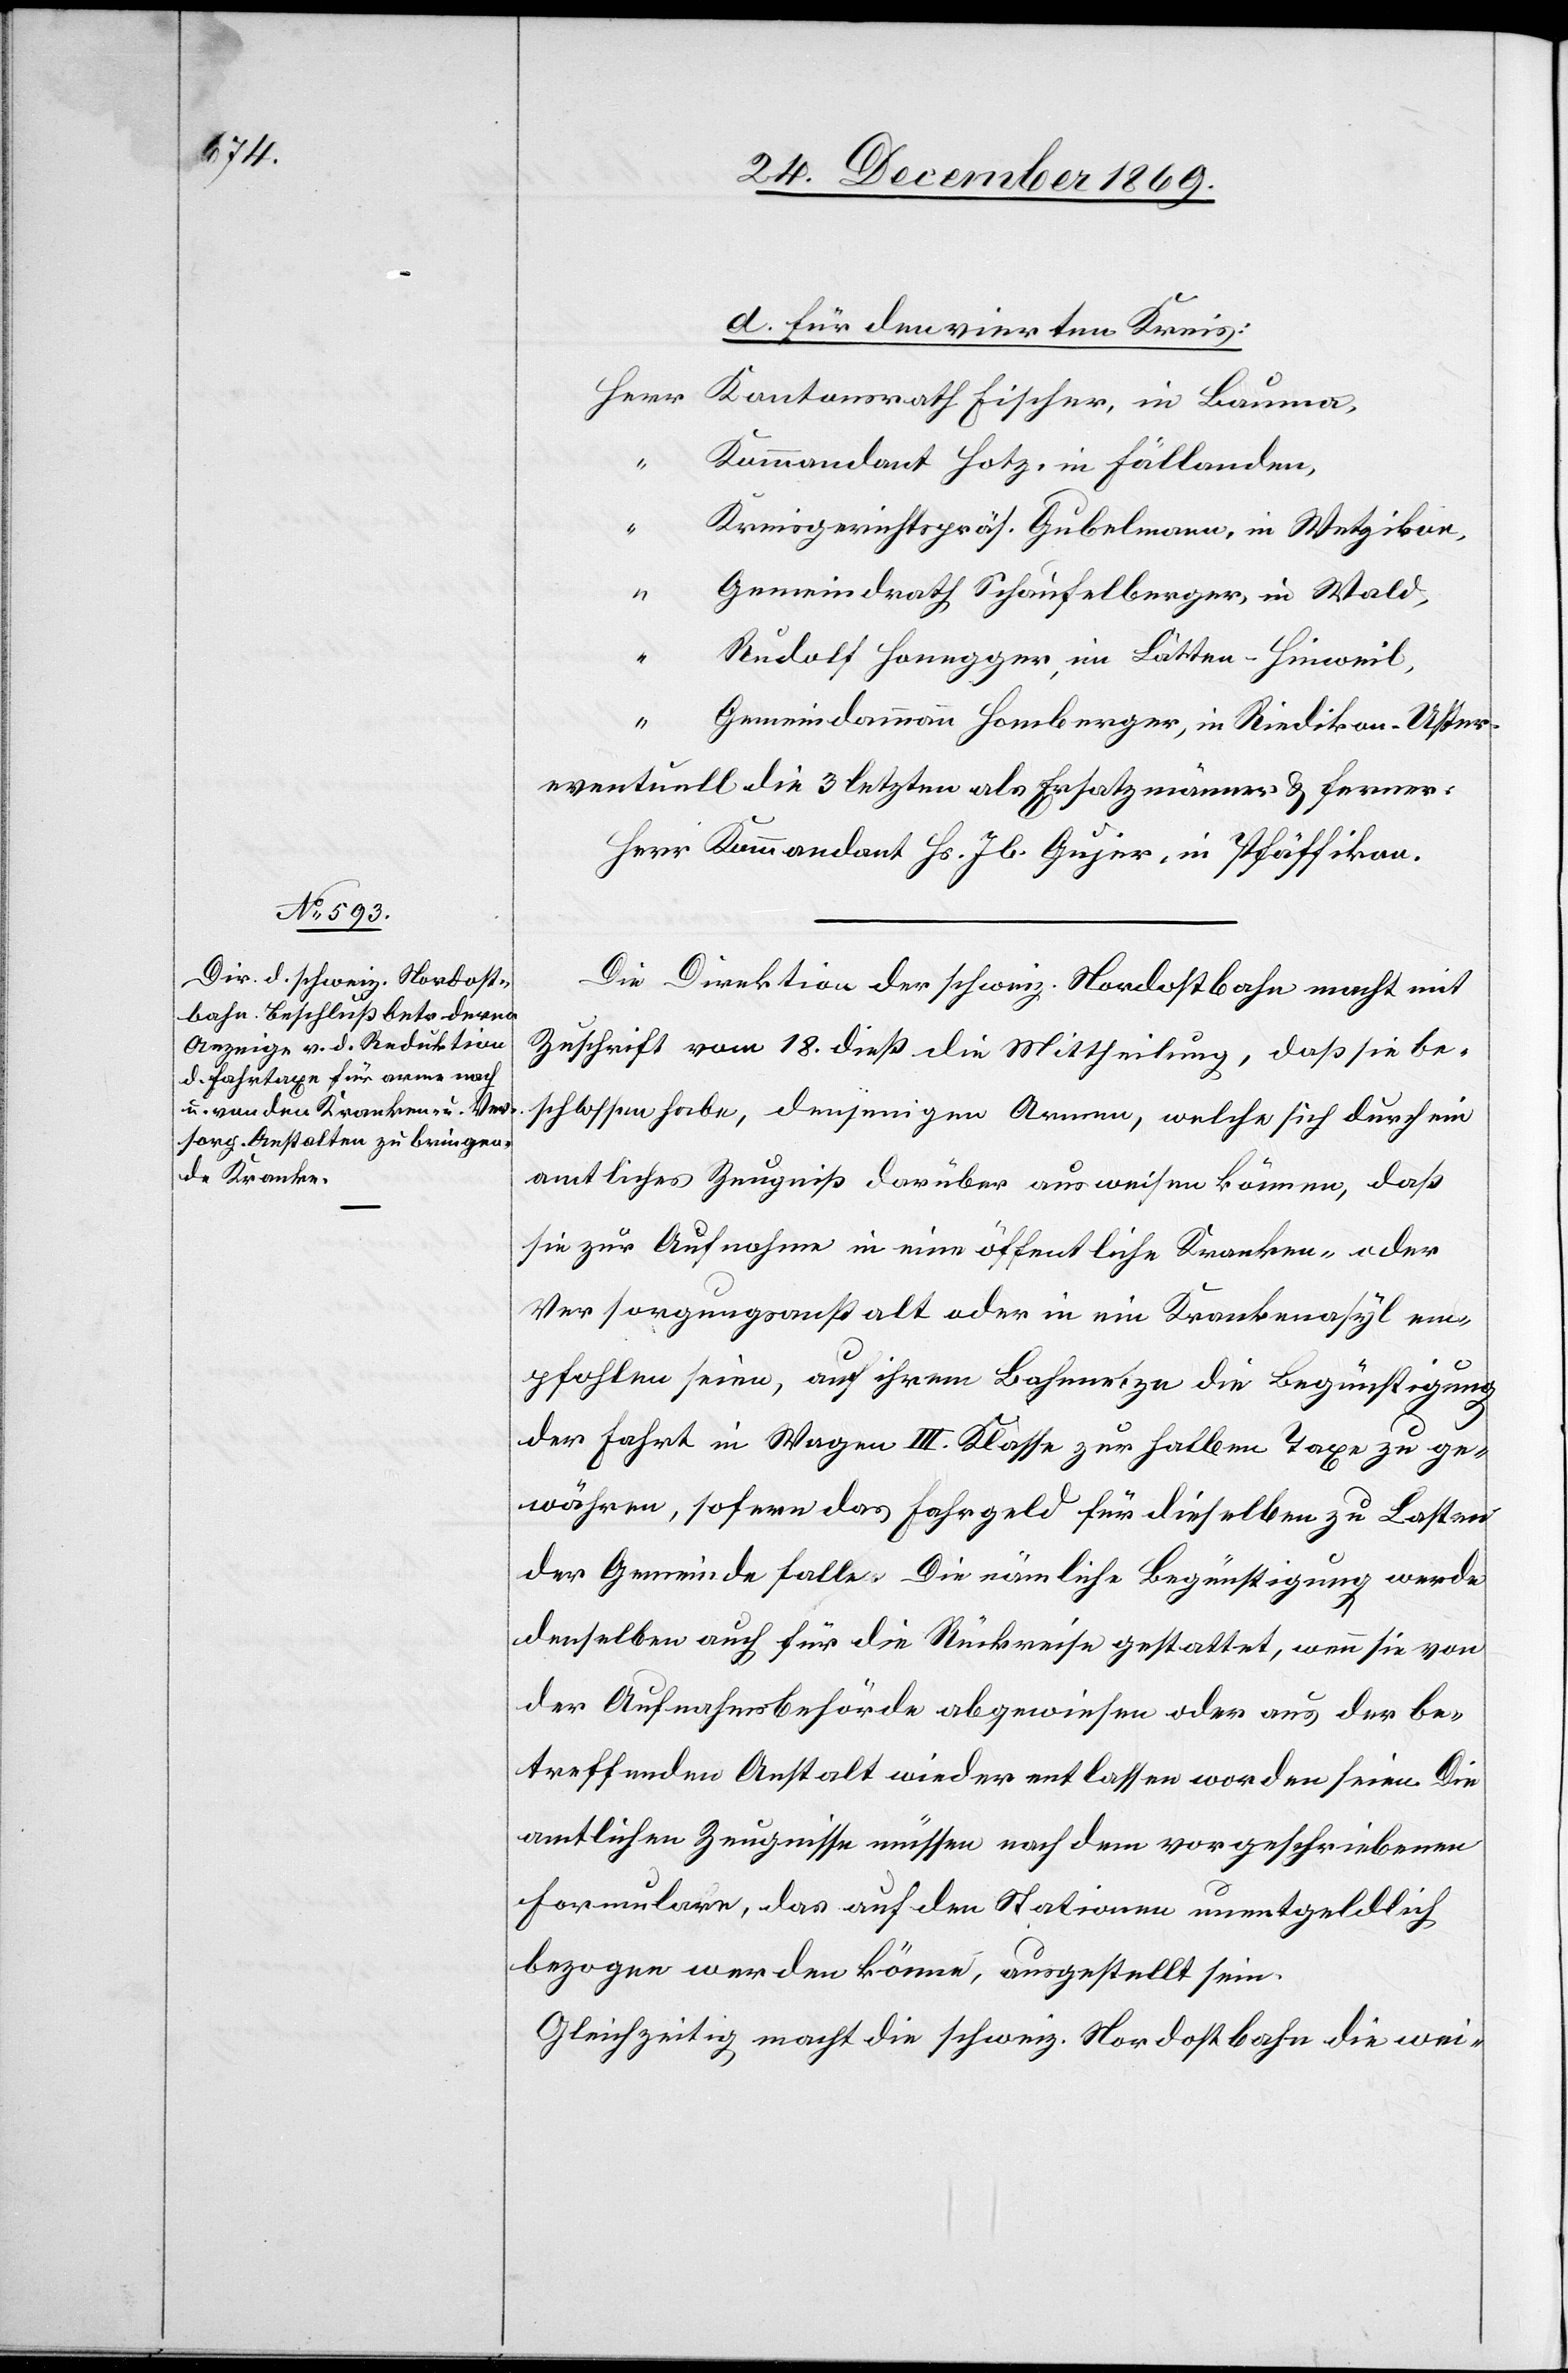
d. für den vierten Kreis:
Herr
Kantonsrath Fischer, in Bauma,
Kommandant Hotz, in Fällanden,
Kreisgerichtspräs. Gubelmann, in Wetzikon,
“
Gemeindrath Schaufelberger, in Wald,
Rudolf Honegger, im Lätten - Hinweil,
Gemeindammann Homberger, in Riedikon - Uster,
eventuell die 3 letzten als Ersatzmänner & ferner:
Herr Kommandant Hs. Jb. Gujer, in Pfäffikon.
Die Direktion der schweiz. Nordostbahn macht mit
Zuschrift vom 18. dieß die Mittheilung, daß sie be¬
schlossen habe, denjenigen Armen, welche sich durch ein
amtliches Zeugniß darüber ausweisen können, daß
sie zur Aufnahme in eine öffentliche Kranken- oder
Versorgungsanstalt oder in ein Krankenasyl em¬
pfohlen seien, auf ihrem Bahnnetze die Begünstigung
der Fahrt in Wagen III. Klasse zur halben Taxe zu ge¬
währen, sofern das Fahrgeld für dieselben zu Lasten
der Gemeinde falle. Die nämliche Begünstigung werde
denselben auch für die Rückreise gestattet, wenn sie von
der Aufnahmsbehörde abgewiesen oder aus der be¬
treffenden Anstalt wieder entlassen worden seien. Die
amtlichen Zeugnisse müssen nach dem vorgeschriebenen
Formulare, das auf den Stationen unentgeldlich
bezogen werden könne, ausgestellt sein.
Gleichzeitig macht die schweiz. Nordostbahn die wei-